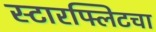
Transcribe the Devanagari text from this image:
स्टारफ्लिटचा